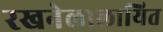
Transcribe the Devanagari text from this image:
रखनेलालायित